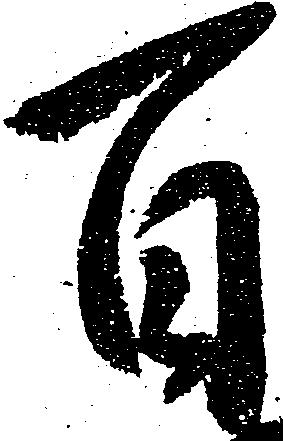
百